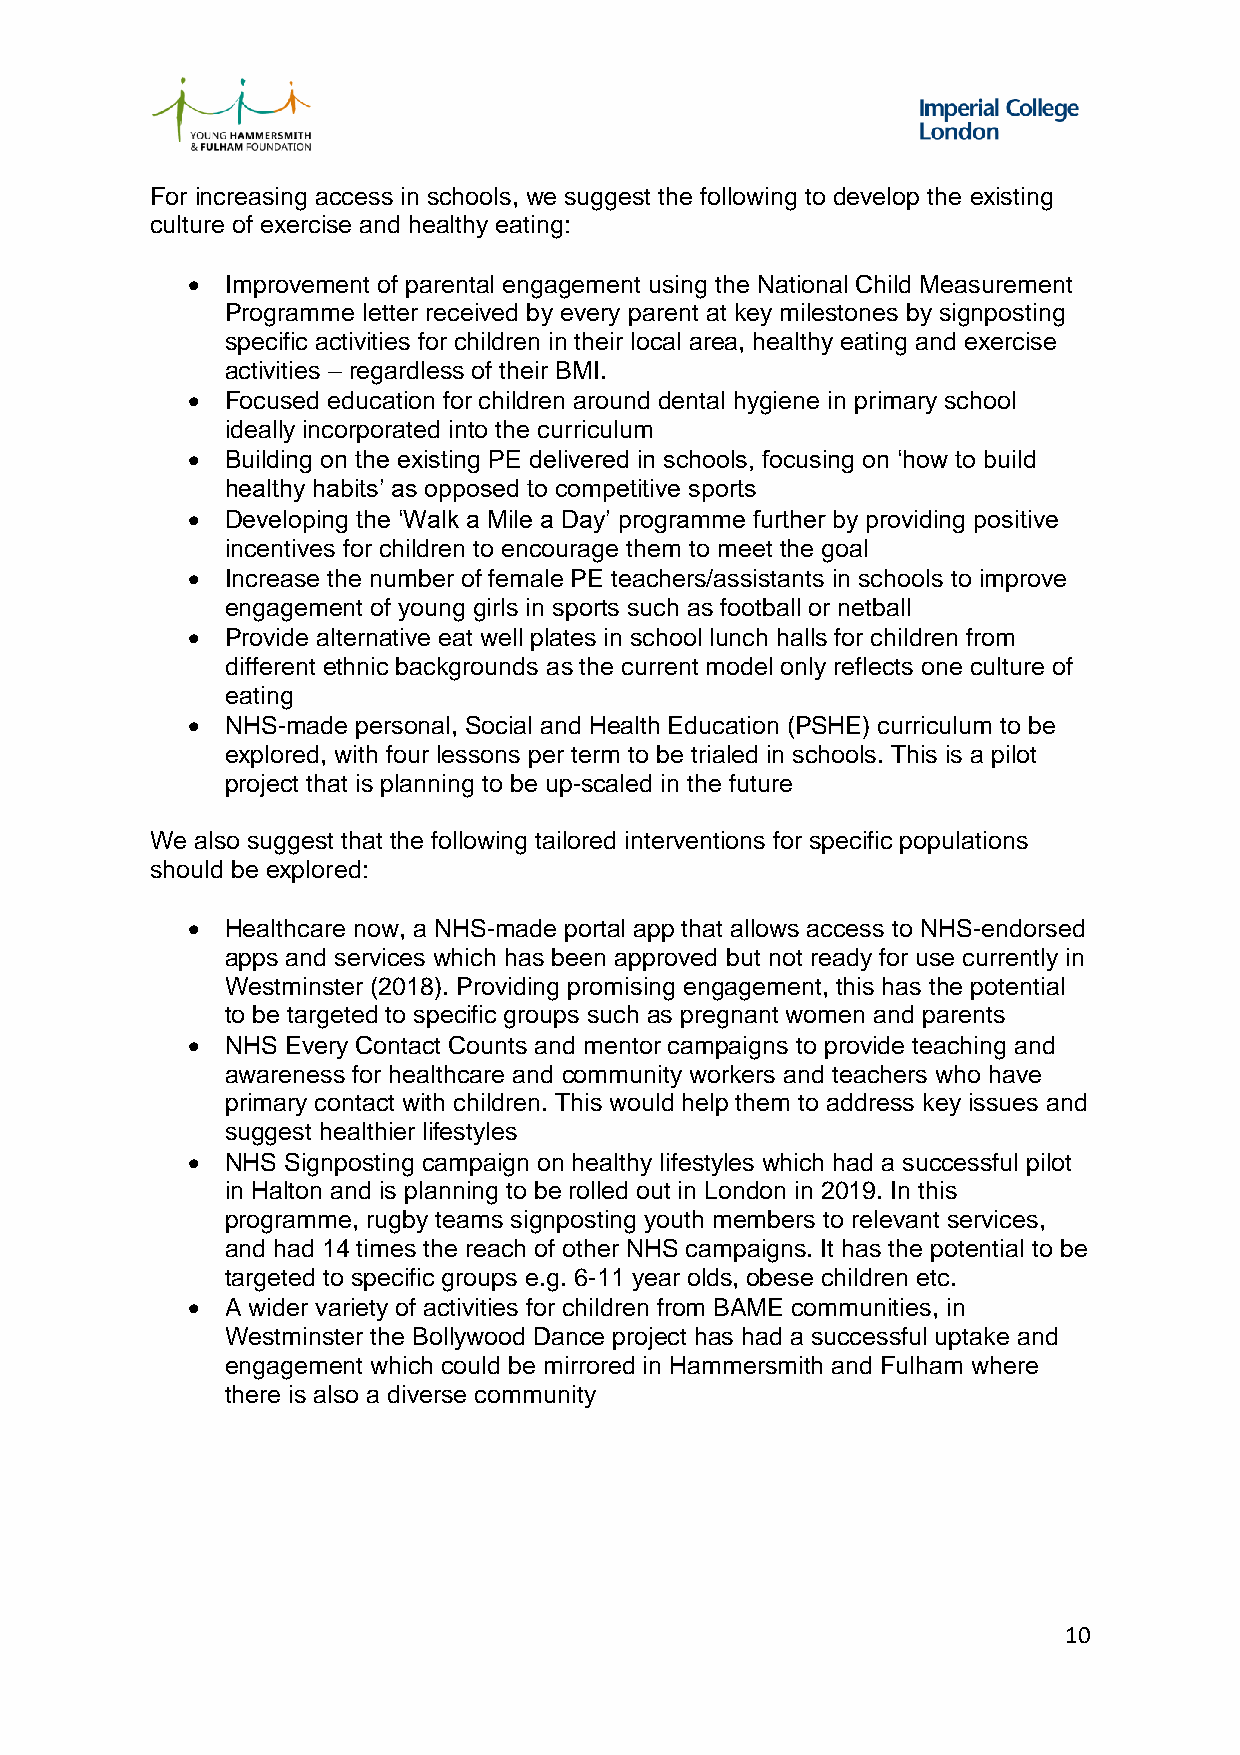
For increasing access in schools, we suggest the following to develop the existing
 culture of exercise and healthy eating:
   Improvement of parental engagement using the National Child Measurement
 Programme letter received by every parent at key milestones by signposting
 specific activities for children in their local area, healthy eating and exercise
 activities – regardless of their BMI.
   Focused education for children around dental hygiene in primary school
 ideally incorporated into the curriculum
   Building on the existing PE delivered in schools, focusing on ‘how to build
 healthy habits’ as opposed to competitive sports
   Developing the ‘Walk a Mile a Day’ programme further by providing positive
 incentives for children to encourage them to meet the goal
   Increase the number of female PE teachers/assistants in schools to improve
 engagement of young girls in sports such as football or netball
   Provide alternative eat well plates in school lunch halls for children from
 different ethnic backgrounds as the current model only reflects one culture of
 eating
   NHS-made personal, Social and Health Education (PSHE) curriculum to be
 explored, with four lessons per term to be trialed in schools. This is a pilot
 project that is planning to be up-scaled in the future
 We also suggest that the following tailored interventions for specific populations
 should be explored:
   Healthcare now, a NHS-made portal app that allows access to NHS-endorsed
 apps and services which has been approved but not ready for use currently in
 Westminster (2018). Providing promising engagement, this has the potential
 to be targeted to specific groups such as pregnant women and parents
   NHS Every Contact Counts and mentor campaigns to provide teaching and
 awareness for healthcare and community workers and teachers who have
 primary contact with children. This would help them to address key issues and
 suggest healthier lifestyles
   NHS Signposting campaign on healthy lifestyles which had a successful pilot
 in Halton and is planning to be rolled out in London in 2019. In this
 programme, rugby teams signposting youth members to relevant services,
 and had 14 times the reach of other NHS campaigns. It has the potential to be
 targeted to specific groups e.g. 6-11 year olds, obese children etc.
   A wider variety of activities for children from BAME communities, in
 Westminster the Bollywood Dance project has had a successful uptake and
 engagement which could be mirrored in Hammersmith and Fulham where
 there is also a diverse community
 10